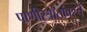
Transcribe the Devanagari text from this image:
पाणीस्त्रोतांवरचे